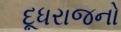
દૂધરાજનો